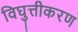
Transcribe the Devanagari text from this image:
विघुत्तीकरण